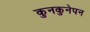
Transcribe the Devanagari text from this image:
कुनकुनेपन